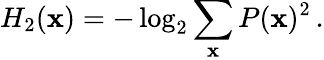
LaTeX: H_{2}(\mathbf{x})=-\log_{2}\sum_{\mathbf{x}}P(\mathbf{x})^{2}\, .